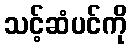
သင့်ဆံပင်ကို